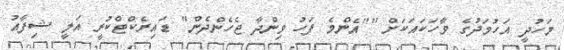
މަހުދީ އަހުމަދުގެ ވާހަކައަކަށް ""އެންމެ ފަހު ވިންދާ ޖެހެންދެން" ޑައިރެކްޓްކުރީ އަލީ ޝިފާއު